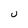
Character: U